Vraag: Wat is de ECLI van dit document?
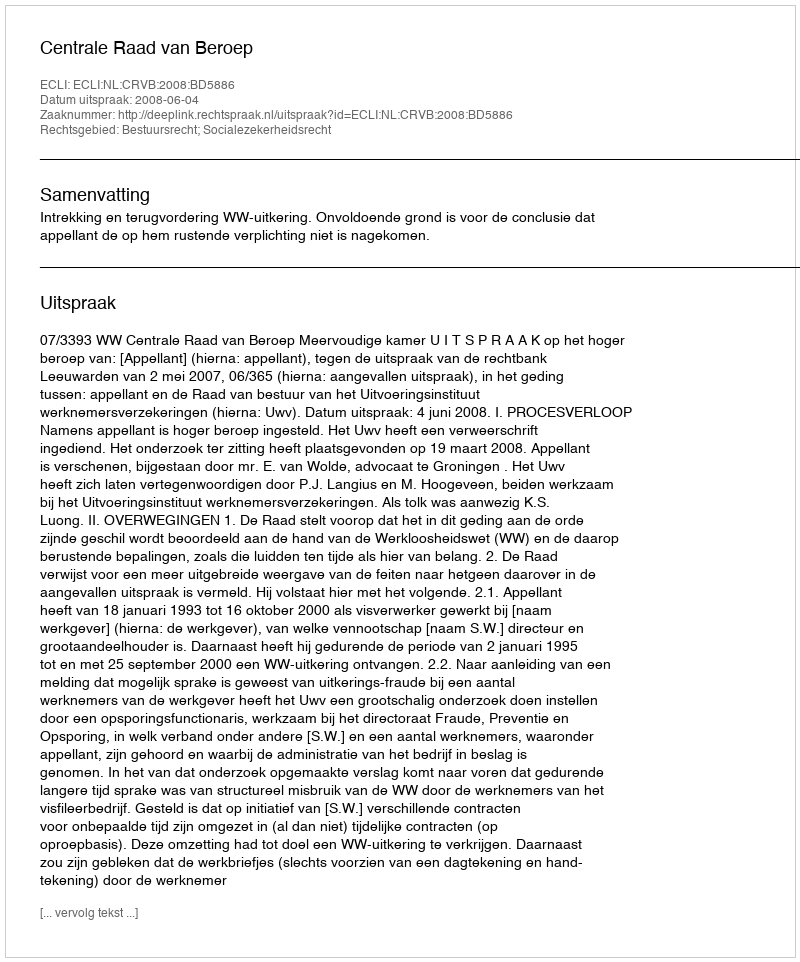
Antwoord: ECLI:NL:CRVB:2008:BD5886